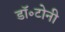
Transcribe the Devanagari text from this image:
डॉ॰टोनी